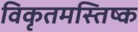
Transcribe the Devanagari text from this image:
विकृतमस्तिष्क